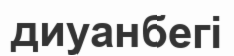
диуанбегі